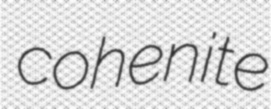
cohenite